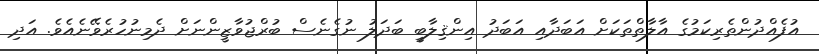
އުފެއްދުންތެރިކަމުގެ އާލާތްތަކަށް އަބަދާއި އަބަދު އިންޤިލާބީ ބަދަލު ނުގެނެސް ބުރްޖުވާޒީންނަށް ދެމިނުހުރެވޭނެއެވެ. އަދި